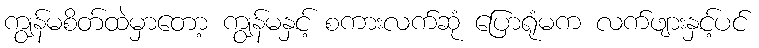
ကျွန်မစိတ်ထဲမှာတော့ ကျွန်မနှင့် စကားလက်ဆုံ ပြောရုံမက လက်ဖျားနှင့်ပင်